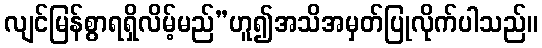
လျင်မြန်စွာရရှိလိမ့်မည်”ဟူ၍အသိအမှတ်ပြုလိုက်ပါသည်။